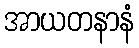
အာယတနာနံ